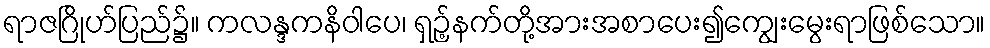
ရာဇဂြိုဟ်ပြည်၌။ ကလန္ဒကနိဝါပေ၊ ရှဉ့်နက်တို့အားအစာပေး၍ကျွေးမွေးရာဖြစ်သော။